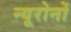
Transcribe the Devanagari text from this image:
न्यूरोनों